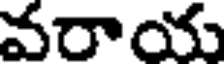
వరాయ